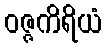
ဝဇ္ဇကိရိယံ